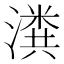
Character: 𬉂